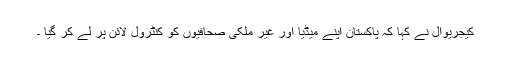
کیجریوال نے کہا کہ پاکستان اپنے میڈیا اور غیر ملکی صحافیوں کو کنٹرول لائن پر لے کر گیا ۔